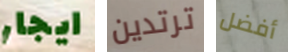
ايجار ترتدين أفضل